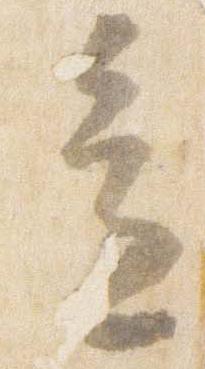
意